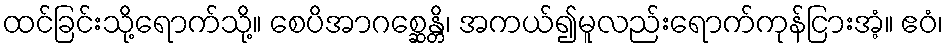
ထင်ခြင်းသို့ရောက်သို့။ စေပိအာဂစ္ဆေန္တိ၊ အကယ်၍မူလည်းရောက်ကုန်ငြားအံ့။ ဧဝံ၊